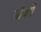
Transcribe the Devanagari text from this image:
ऑथरों